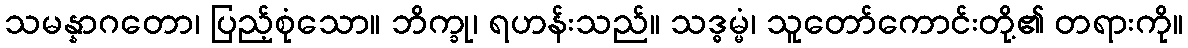
သမန္နာဂတော၊ ပြည့်စုံသော။ ဘိက္ခု၊ ရဟန်းသည်။ သဒ္ဓမ္မံ၊ သူတော်ကောင်းတို့၏ တရားကို။